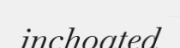
inchoated